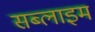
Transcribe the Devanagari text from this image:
सब्लाइम